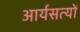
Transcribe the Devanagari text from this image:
आर्यसत्यों